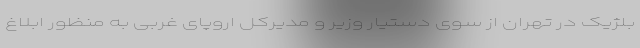
بلژیک در تهران از سوی دستیار وزیر و مدیرکل اروپای غربی به منظور ابلاغ